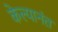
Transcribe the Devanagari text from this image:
केल्यानंत